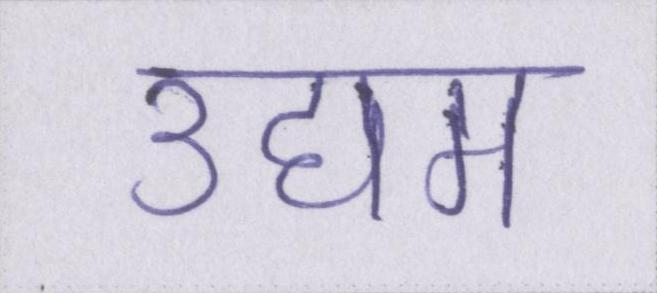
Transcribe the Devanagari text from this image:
उद्यम